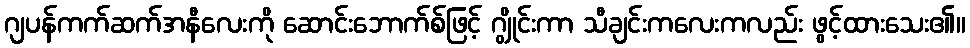
ဂျပန်ကက်ဆက်အနီလေးကို ဆောင်းဘောက်စ်ဖြင့် ဂျွိုင်းကာ သီချင်းကလေးကလည်း ဖွင့်ထားသေး၏။